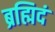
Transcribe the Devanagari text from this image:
ब्रह्मिदं